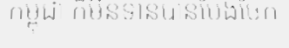
កម្ពុជា ក៏មិនទាន់បានបែងចែក